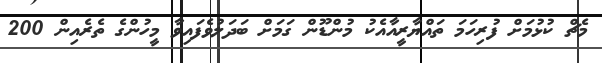
މެޗް ކުޅުމަށް ފުރިހަމަ ތައްޔާރީއާއެކު މުންޑޫން ގަމަށް ބަދަލުވެފައިވާ މީހުންގެ ތެރެއިން 200